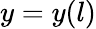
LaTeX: y=y(l)